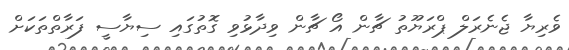
ވެރިޔާ ޖެނެރަލް ޕްރަޔޫތު ޗާން އޯ ޗާން ވިދާޅުވި ގޮތުގައި ސިޔާސީ ފަރާތްތަކަށް